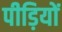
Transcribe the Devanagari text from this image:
पीड़ियों